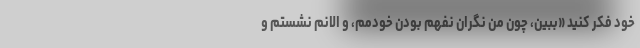
خود فکر کنید «ببین، چون من نگران نفهم بودن خودمم، و الانم نشستم و